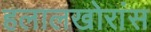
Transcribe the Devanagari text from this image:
हलालखोरांस